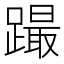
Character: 𨅎